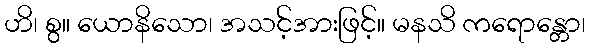
ဟိ၊ စွ။ ယောနိသော၊ အသင့်အားဖြင့်။ မနသိ ကရောန္တော၊